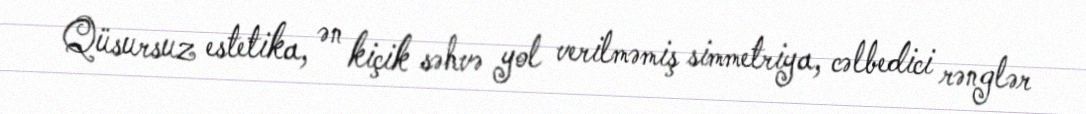
Qüsursuz estetika, ən kiçik səhvə yol verilməmiş simmetriya, cəlbedici rənglər